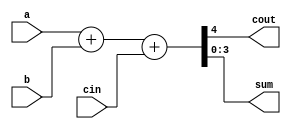
//
module adder #(
    parameter N = 4
) (
    input[N-1:0] a,
    input[N-1:0] b,
    input cin,
    output cout,
    output[N-1:0] sum
);

assign {cout, sum} = a + b +cin;

endmodule